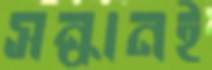
সন্ধানই